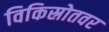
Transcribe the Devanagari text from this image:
विकिस्रोतवर